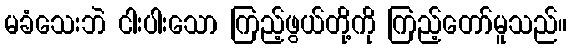
မခံသေးဘဲ ငါးပါးသော ကြည့်ဖွယ်တို့ကို ကြည့်တော်မူသည်။